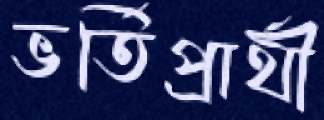
ভর্তিপ্রার্থী